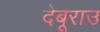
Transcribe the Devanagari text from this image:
देबूराउ